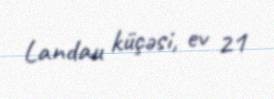
Landau küçəsi, ev 21